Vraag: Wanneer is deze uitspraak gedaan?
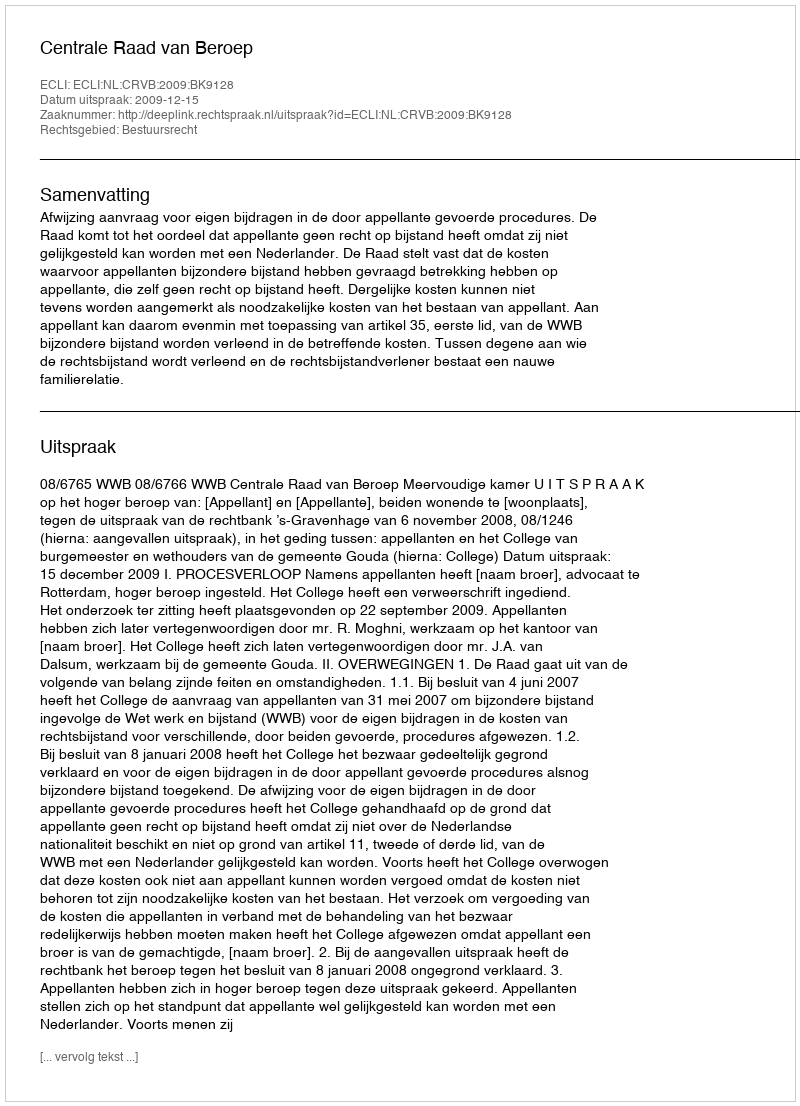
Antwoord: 2009-12-15